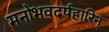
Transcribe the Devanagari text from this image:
मनोभवदर्पहारिन्